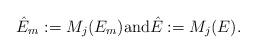
LaTeX: \begin{align*} \hat E_m := M_j (E_m)\mbox{and}\hat E := M_j (E). \end{align*}